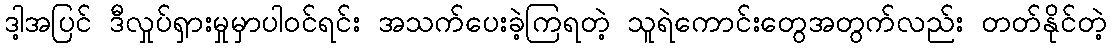
ဒါ့အပြင် ဒီလှုပ်ရှားမှုမှာပါဝင်ရင်း အသက်ပေးခဲ့ကြရတဲ့ သူရဲကောင်းတွေအတွက်လည်း တတ်နိုင်တဲ့